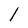
Character: l